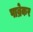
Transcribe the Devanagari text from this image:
पाब्रेकर